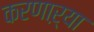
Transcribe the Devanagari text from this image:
करणाऱ्‍या